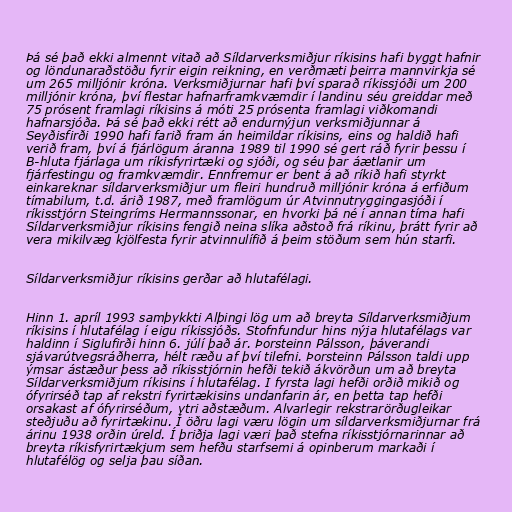
Þá sé það ekki almennt vitað að Síldarverksmiðjur ríkisins hafi byggt hafnir
og löndunaraðstöðu fyrir eigin reikning, en verðmæti þeirra mannvirkja sé
um 265 milljónir króna. Verksmiðjurnar hafi því sparað ríkissjóði um 200
milljónir króna, því flestar hafnarframkvæmdir í landinu séu greiddar með
75 prósent framlagi ríkisins á móti 25 prósenta framlagi viðkomandi
hafnarsjóða. Þá sé það ekki rétt að endurnýjun verksmiðjunnar á
Seyðisfirði 1990 hafi farið fram án heimildar ríkisins, eins og haldið hafi
verið fram, því á fjárlögum áranna 1989 til 1990 sé gert ráð fyrir þessu í
B-hluta fjárlaga um ríkisfyrirtæki og sjóði, og séu þar áætlanir um
fjárfestingu og framkvæmdir. Ennfremur er bent á að ríkið hafi styrkt
einkareknar síldarverksmiðjur um fleiri hundruð milljónir króna á erfiðum
tímabilum, t.d. árið 1987, með framlögum úr Atvinnutryggingasjóði í
ríkisstjórn Steingríms Hermannssonar, en hvorki þá né í annan tíma hafi
Síldarverksmiðjur ríkisins fengið neina slíka aðstoð frá ríkinu, þrátt fyrir að
vera mikilvæg kjölfesta fyrir atvinnulífið á þeim stöðum sem hún starfi.

Síldarverksmiðjur ríkisins gerðar að hlutafélagi.

Hinn 1. apríl 1993 samþykkti Alþingi lög um að breyta Síldarverksmiðjum
ríkisins í hlutafélag í eigu ríkissjóðs. Stofnfundur hins nýja hlutafélags var
haldinn í Siglufirði hinn 6. júlí það ár. Þorsteinn Pálsson, þáverandi
sjávarútvegsráðherra, hélt ræðu af því tilefni. Þorsteinn Pálsson taldi upp
ýmsar ástæður þess að ríkisstjórnin hefði tekið ákvörðun um að breyta
Síldarverksmiðjum ríkisins í hlutafélag. I fyrsta lagi hefði orðið mikið og
ófyrirséð tap af rekstri fyrirtækisins undanfarin ár, en þetta tap hefði
orsakast af ófyrirséðum, ytri aðstæðum. Alvarlegir rekstrarörðugleikar
steðjuðu að fyrirtækinu. Í öðru lagi væru lögin um síldarverksmiðjurnar frá
árinu 1938 orðin úreld. Í þriðja lagi væri það stefna ríkisstjórnarinnar að
breyta ríkisfyrirtækjum sem hefðu starfsemi á opinberum markaði í
hlutafélög og selja þau síðan.